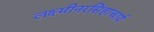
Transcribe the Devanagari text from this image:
लक्ष्मीनरसिंहाचार्य